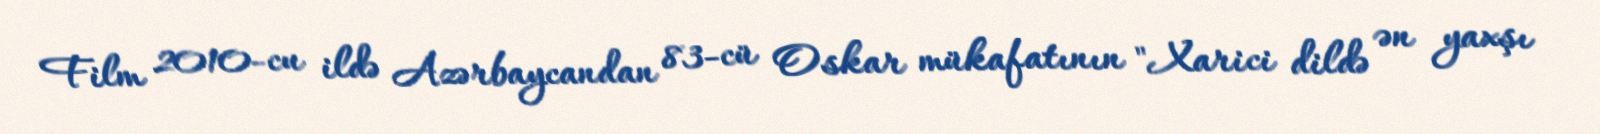
Film 2010-cu ildə Azərbaycandan 83-cü Oskar mükafatının "Xarici dildə ən yaxşı